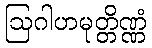
ဩဂါဟမုတ္တိဏ္ဏံ